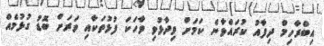
އިބްރާހިމް ދިފާއު ކުރައްވާނެ ކަމަށް ވިދާޅުވި ވާހަކަ ފުޅުތަކާއި ވަރަށް ބޮޑު ގުޅުމެއް